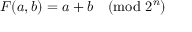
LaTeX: F ( a , b ) = a + b { \pmod { 2 ^ { n } } }